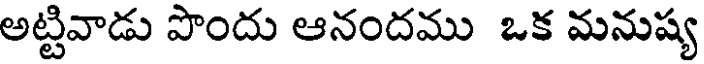
అట్టివాడు పొందు ఆనందము ఒక మనుష్య